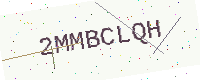
Text: 2MMBCLQH